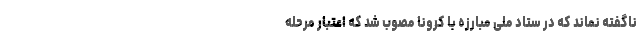
ناگفته نماند که در ستاد ملی مبارزه با کرونا مصوب شد که اعتبار مرحله